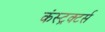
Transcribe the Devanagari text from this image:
कंस्ट्रक्टर्स